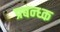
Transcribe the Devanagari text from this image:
प्रबन्ध्क